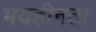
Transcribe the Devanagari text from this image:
भयहीनता